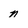
Character: n